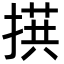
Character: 𪮙